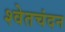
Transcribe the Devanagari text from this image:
श्‍वेतचंदन